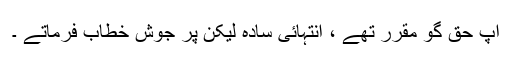
آپ حق گو مقرر تھے ، انتہائی سادہ لیکن پر جوش خطاب فرماتے ۔